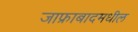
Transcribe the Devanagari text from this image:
जाफ्राबादमधील